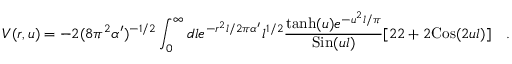
V ( r , u ) = - 2 ( 8 \pi ^ { 2 } \alpha ^ { \prime } ) ^ { - 1 / 2 } \int _ { 0 } ^ { \infty } d l e ^ { - r ^ { 2 } l / 2 \pi \alpha ^ { \prime } } { l } ^ { 1 / 2 } { \frac { \mathrm { t a n h } ( u ) e ^ { - u ^ { 2 } l / \pi } } { \mathrm { S i n } ( u l ) } } [ 2 2 + 2 \mathrm { C o s } ( 2 u l ) ] \quad .